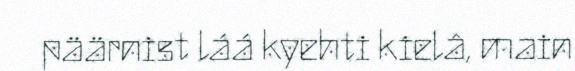
päärnist láá kyehti kielâ, main